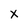
Character: x